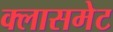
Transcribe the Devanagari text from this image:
क्लासमेट